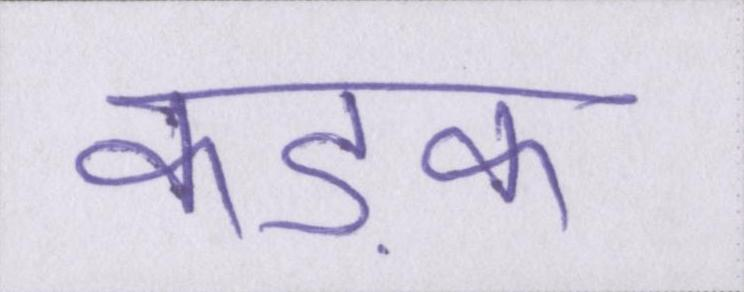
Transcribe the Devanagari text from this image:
कड़क